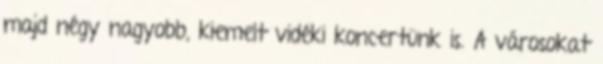
majd négy nagyobb, kiemelt vidéki koncertünk is. A városokat